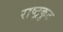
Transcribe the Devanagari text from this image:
राष्‍ट्रकुट